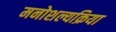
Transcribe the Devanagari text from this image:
मनोशल्यक्रिया